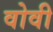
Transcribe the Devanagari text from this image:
वोवी